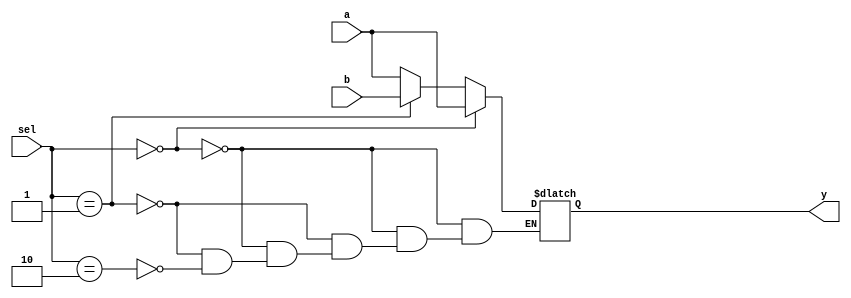
module alu_mux_2_1(a,b,sel,y);

input [31:0] a,b;
input [1:0] sel;

output reg [31:0] y;

always@(a,b,sel)
begin
    if(sel == 2'b00)
        y = a;
    else if(sel == 2'b01)
        y = b;
    else if(sel == 2'b10)
        y = a;
 
end


endmodule